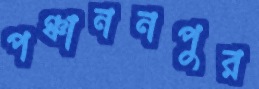
পঞ্চাননপুর